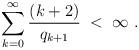
LaTeX: \begin{align*} \sum_{k=0}^{\infty} \frac{(k+2)}{q_{k+1}} \;<\;\infty \ .\end{align*}